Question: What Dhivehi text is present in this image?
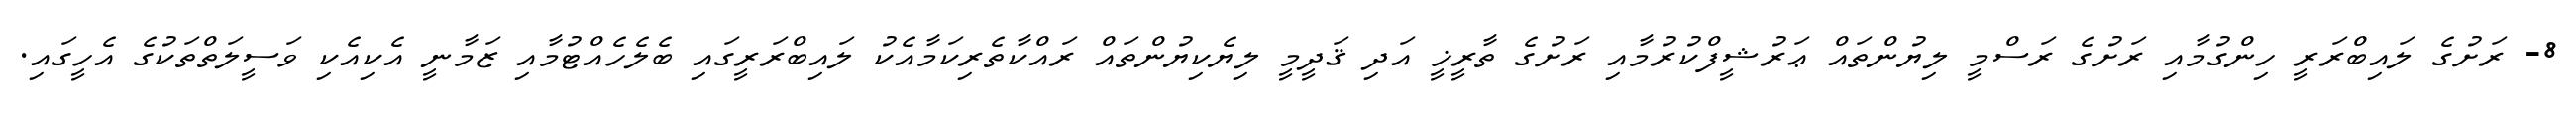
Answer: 8- ރަށުގެ ލައިބްރަރީ ހިންގުމާއި ރަށުގެ ރަސްމީ ލިޔުންތައް ޢަރުޝީފްކުރުމާއި ރަށުގެ ތާރީޚީ އަދި ޤަދީމީ ލިޔެކިޔުންތައް ރައްކާތެރިކަމާއެކު ލައިބްރަރީގައި ބެލެހެއްޓުމާއި ޒަމާނީ އެކިއެކި ވަސީލަތްތަކުގެ އެހީގައި.